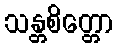
သန္တစိတ္တော